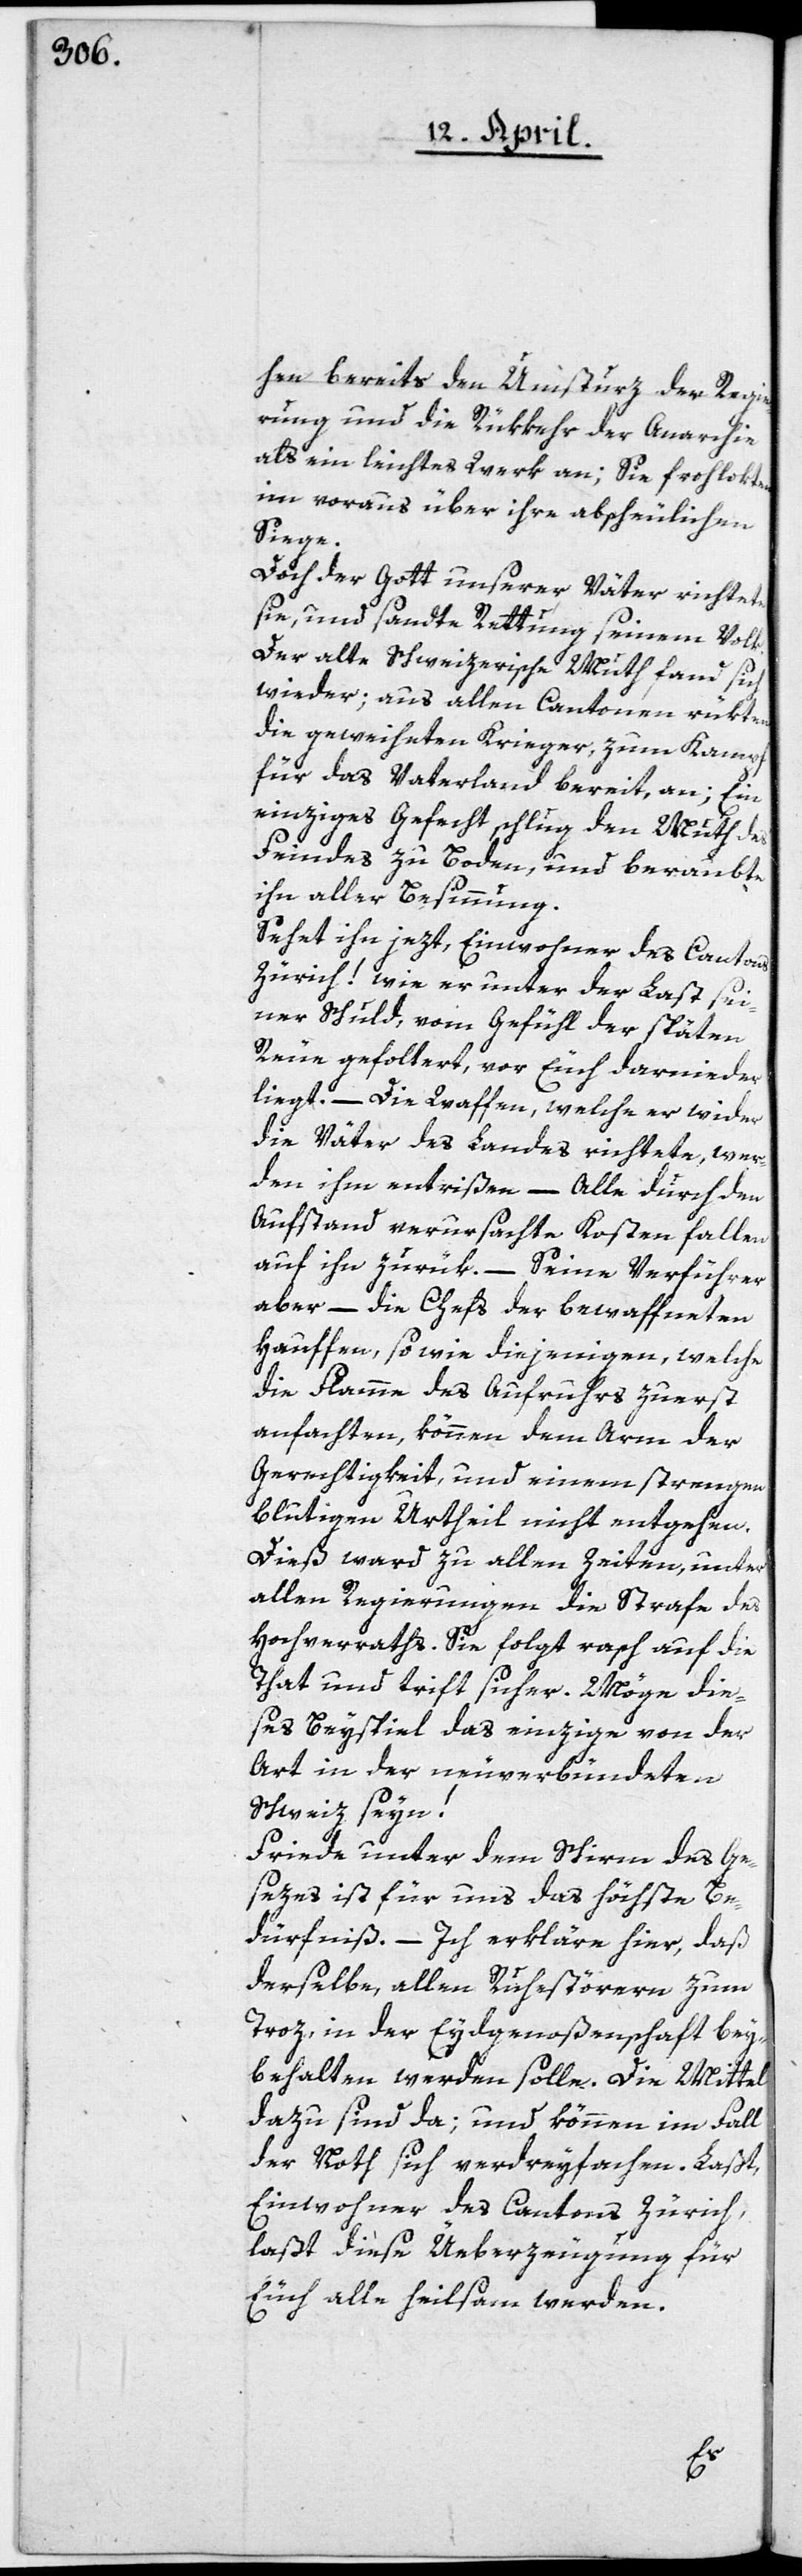
hen bereits den Umsturz der Regie¬
rung und die Rükkehr der Anarchie
als ein leichtes Werk an; Sie frohlokten
im voraus über ihre abscheulichen
Siege.
Doch der Gott unserer Väter richtete
sie und sandte Rettung seinem Volk.
Der alte schweizerische Muth fand sich
wieder; aus allen Cantonen rükten
die geweiheten Krieger, zum Kampf
für das Vaterland bereit, an; Ein
einziges Gefecht schlug den Muth des
Feindes zu Boden, und beraubte
ihn aller Besinnung.
Sehet ihn jezt, Einwohner des Cantons
Zürich! wie er unter der Last sei¬
ner Schuld, vom Gefühl der späten
Reue gefoltert, vor Euch darnieder
liegt. – Die Waffen, welche er wider
die Väter des Landes richtete, wer¬
den ihm entrißen. – Alle durch den
Aufstand verursachte Kosten fallen
auf ihn zurük. – Seine Verführer
aber – die Chefs der bewaffneten
Hauffen sowie diejenigen, welche
die Flamme des Aufruhrs zuerst
anfachten, können dem Arm der
Gerechtigkeit, und einem strengen
blutigen Urtheil nicht entgehen.
Dieß ward zu allen Zeiten, unter
allen Regierungen die Strafe des
Hochverraths. Sie folgt rasch auf die
That und trift sicher. Möge die¬
ses Beyspiel das einzige von der
Art in der neuverbündeten
Schweiz seyn!
Friede unter dem Schirm des Ge¬
sezes ist für uns das höchste Be¬
dürfniß. – Ich erkläre hier, daß
derselbe, allen Ruhestörern zum
Troz, in der Eydgenoßenschaft bey¬
behalten werden solle. Die Mittel
dazu sind da; und können im Fall
der Noth sich verdreyfachen. Laßt,
Einwohner des Cantons Zürich,
laßt diese Überzeugung für
Euch alle heilsam werden.